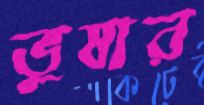
ভুষার